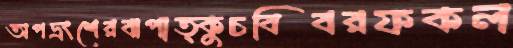
অপভ্রংশেরঝপাত্কুচবিবরফকল